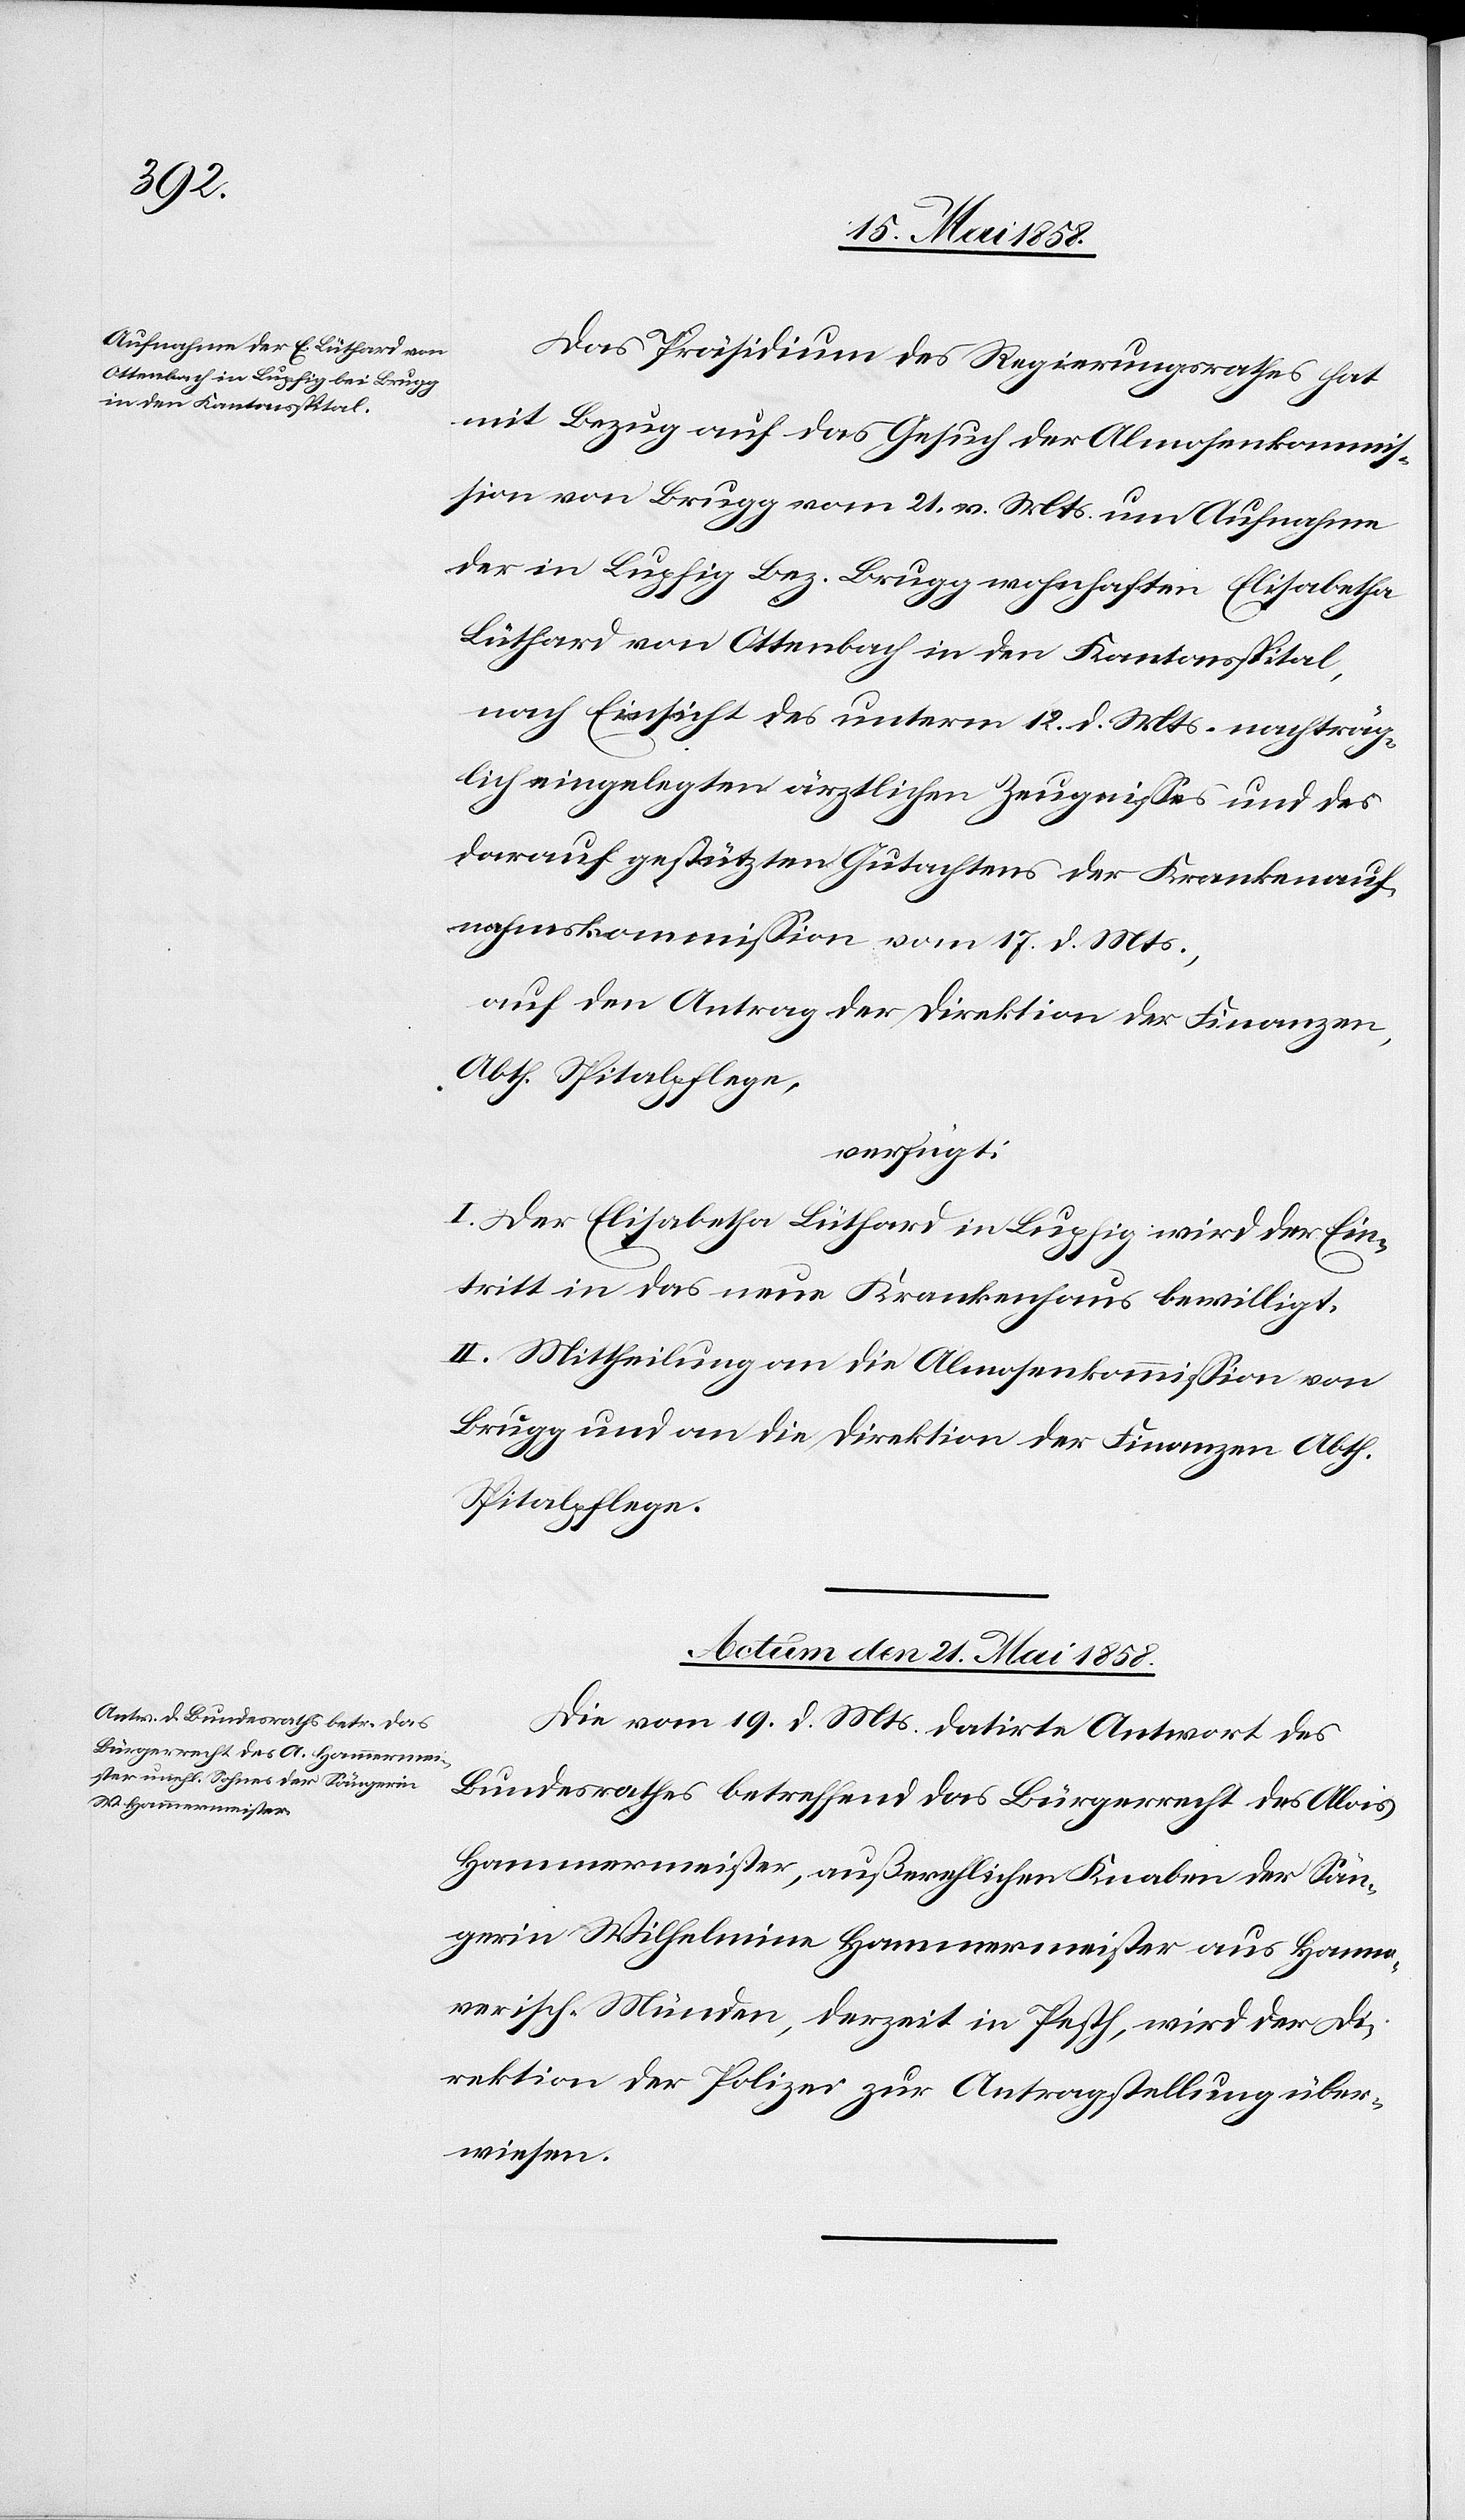
Das Präsidium des Regierungsrathes hat
mit Bezug auf das Gesuch der Almosenkommis¬
sion von Brugg vom 21. v. Mts. um Aufnahme
der in Lupfig Bez. Brugg wohnhaften Elisabetha
Lüthard von Ottenbach in den Kantonsspital,
nach Einsicht des unterm 12. d. Mts. nachträg¬
lich eingelegten ärztlichen Zeugnisses und des
darauf gestützten Gutachtens der Krankenauf¬
nahmskommission vom 17. d. Mts.,
auf den Antrag der Direktion der Finanzen,
Abth. Spitalpflege,
verfügt:
I. Der Elisabetha Lüthard in Lupfig wird der Ein¬
tritt in das neue Krankenhaus bewilligt.
II. Mittheilung an die Almosenkommission von
Brugg und an die Direktion der Finanzen Abth.
Spitalpflege.
Actum den 21. Mai 1858.
Die vom 19. d. Mts. datirte Antwort des
Bundesrathes betreffend das Bürgerrecht des Alois
Hammermeister, außerehelichen Knaben der Sän¬
gerin Wilhelmine Hammermeister aus Hanno¬
verisch-Münden, derzeit in Pesth, wird der Di¬
rektion der Polizei zur Antragstellung über¬
wiesen.